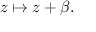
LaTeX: z \mapsto z + \beta .